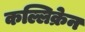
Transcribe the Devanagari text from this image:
कल्लिक्रेन